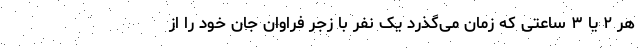
هر ۲ یا ۳ ساعتی که زمان می‌گذرد یک نفر با زجر فراوان جان خود را از